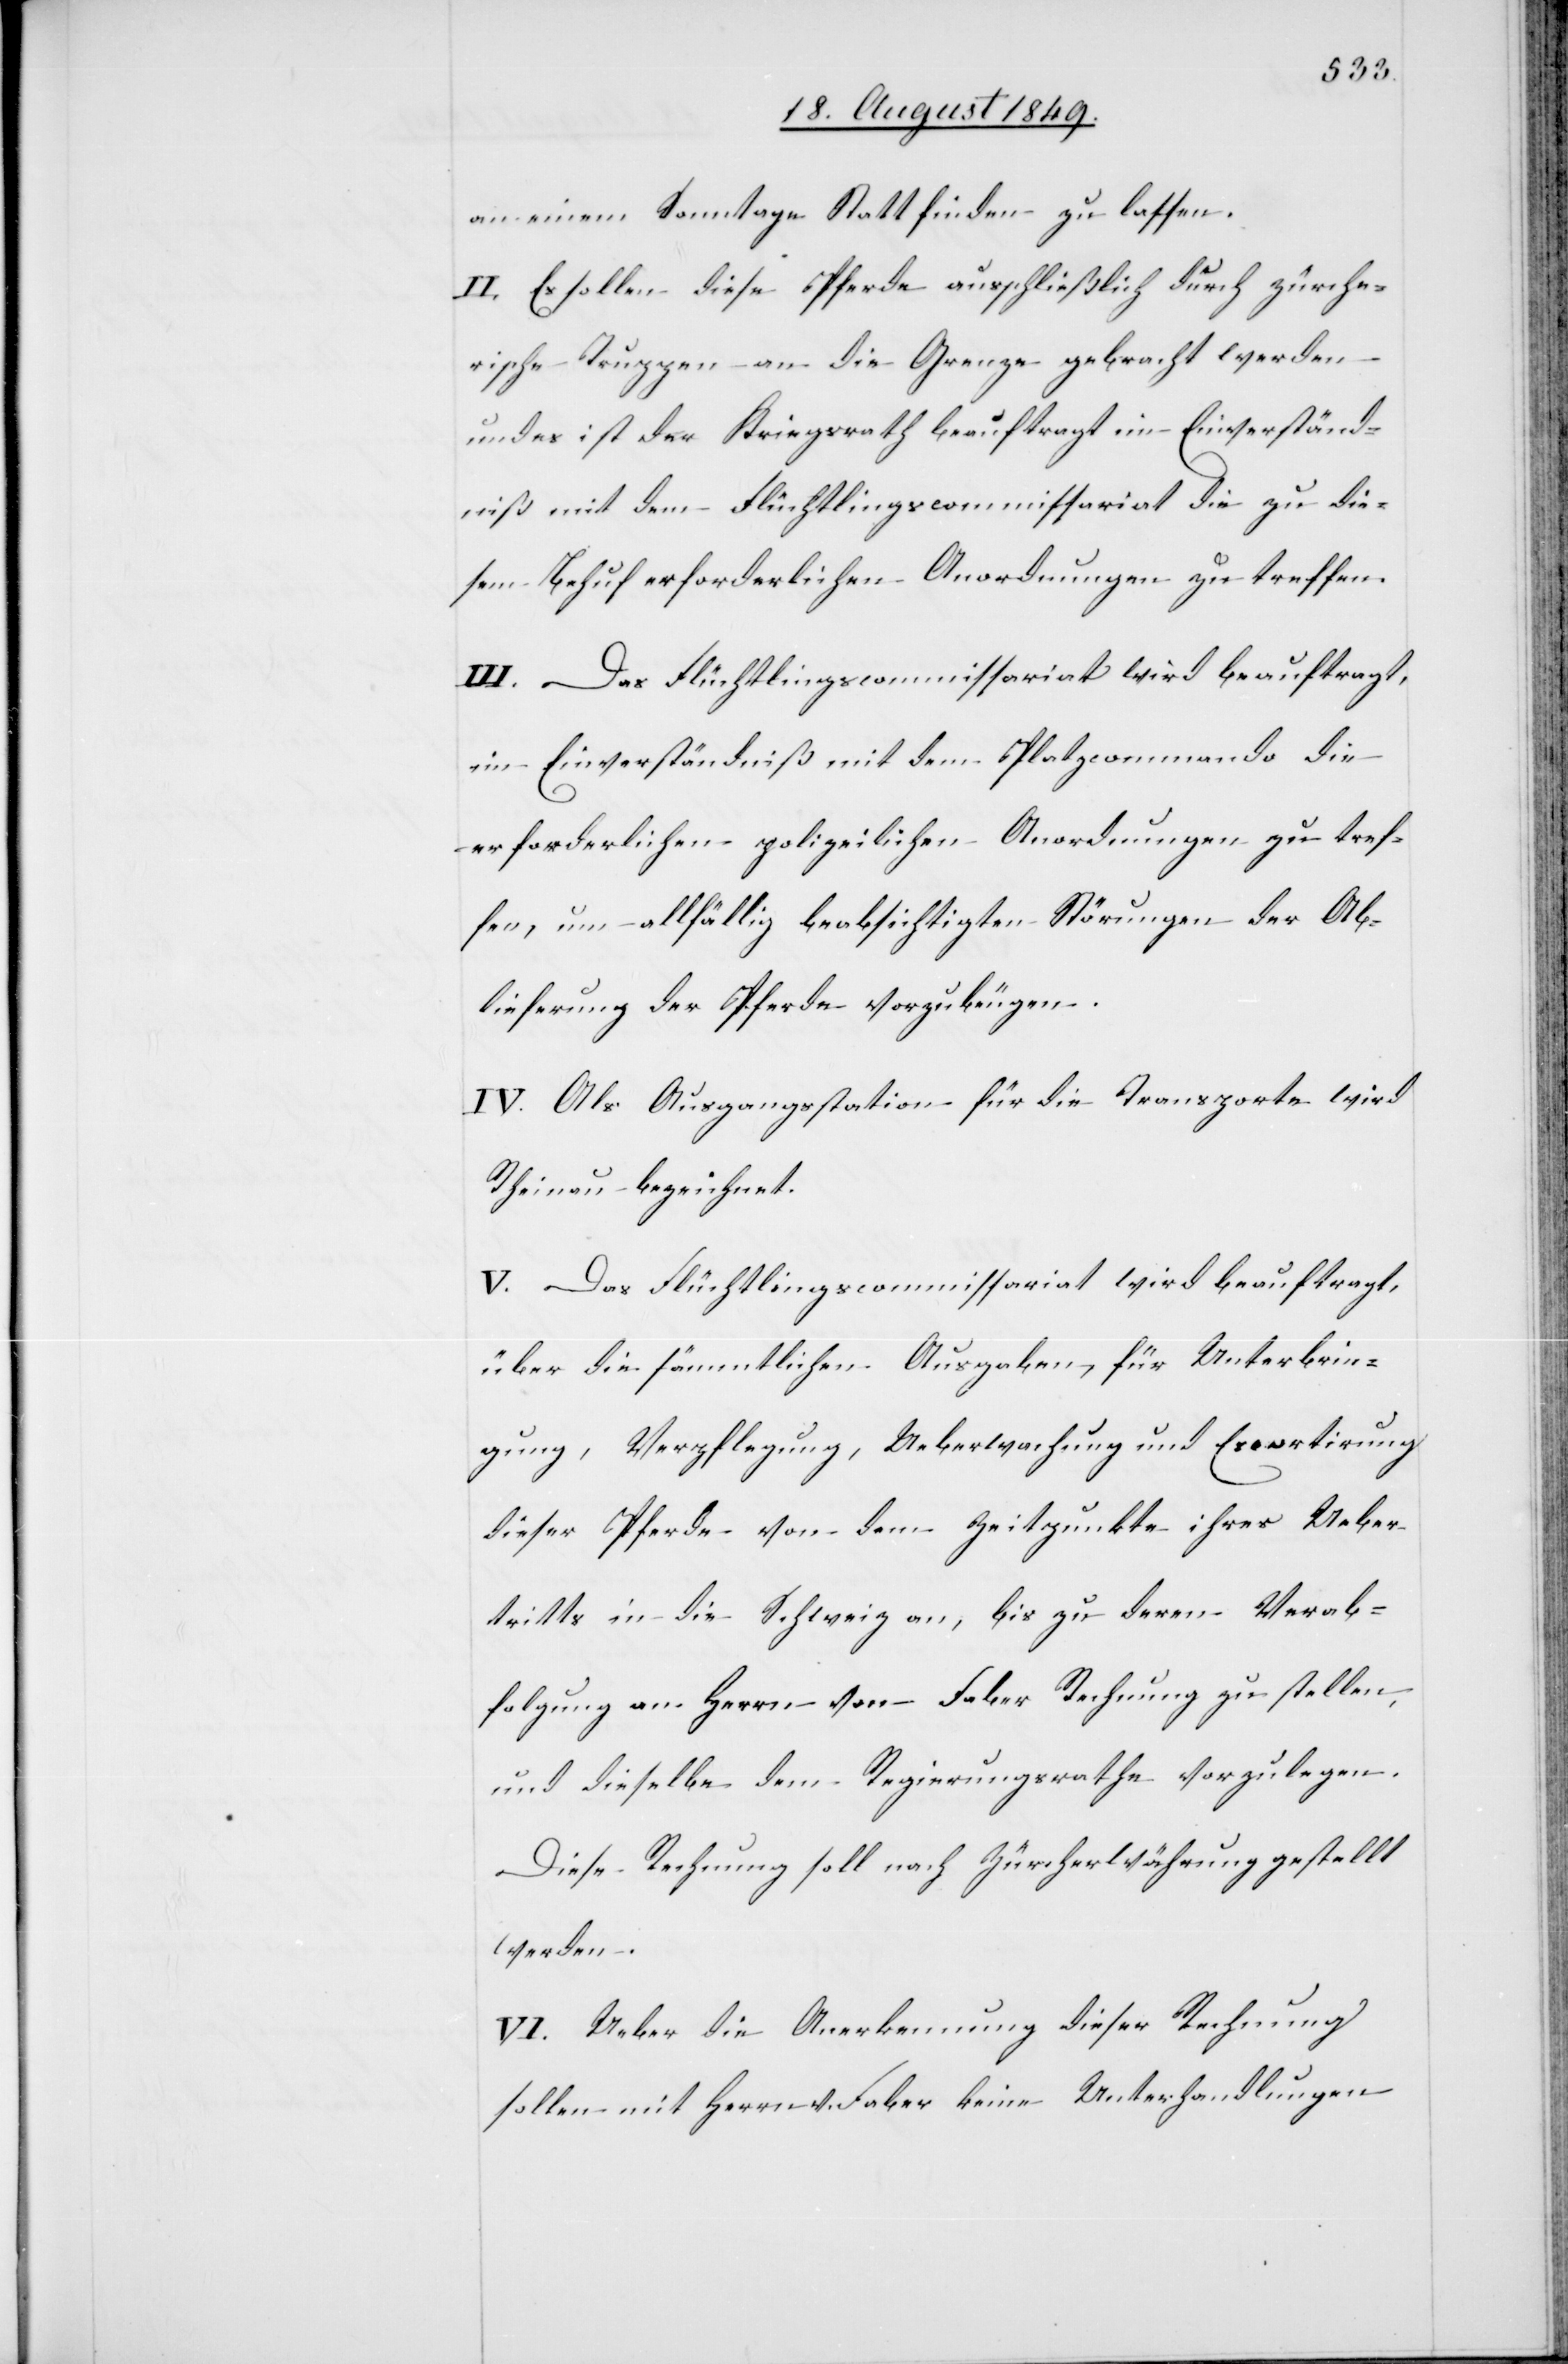
an einem Sonntage Statt finden zu lassen.
II. Es sollen diese Pferde ausschließlich durch zürche¬
rische Truppen an die Grenze gebracht werden
und es ist der Kriegsrath beauftragt im Einverständ¬
niß mit dem Flüchtlingscommissariat die zu die¬
sem Behuf erforderlichen Anordnungen zu treffen.
III. Das Flüchtlingscommissariat wird beauftragt,
im Einverständniß mit dem Platzcommando die
erforderlichen polizeilichen Anordnungen zu tref¬
fen, um allfällig beabsichtigten Störungen der Ab¬
lieferung der Pferde vorzubeugen.
IV. Als Ausgangsstation für die Transporte wird
Rheinau bezeichnet.
V. Das Flüchtlingscommissariat wird beauftragt,
über die sämmtlichen Ausgaben, für Unterbrin¬
gung, Verpflegung, Ueberwachung und Escortirung
dieser Pferde von dem Zeitpunkte ihres Ueber¬
tritts in die Schweiz an, bis zu deren Verab¬
folgung an Herrn von Faber Rechnung zu stellen,
und dieselbe dem Regierungsrathe vorzulegen.
Diese Rechnung soll nach Zürcherwährung gestellt
werden.
VI. Ueber die Anerkennung dieser Rechnung
sollen mit Herrn Faber keine Unterhandlungen